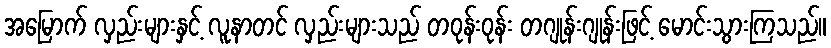
အမြောက် လှည်းများနှင့် လူနာတင် လှည်းများသည် တဝုန်းဝုန်း တဂျုန်းဂျုန်းဖြင့် မောင်းသွားကြသည်။